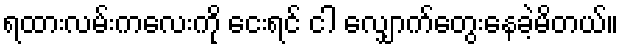
ရထားလမ်းကလေးကို ငေးရင် ငါ လျှောက်တွေးနေခဲ့မိတယ်။